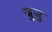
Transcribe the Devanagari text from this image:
जुजु